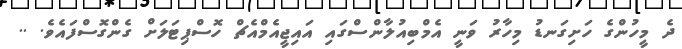
ދެ މީހުންގެ ހަށިގަނޑު މިހާރު ވަނީ އެމްބިއުލާންސްގައި އައިޖީއެމްއެޗް ހޮސްޕިޓަލަށް ގެންގޮސްފައެވެ. ..